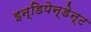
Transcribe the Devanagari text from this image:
इन्डिपेन्डेन्ट